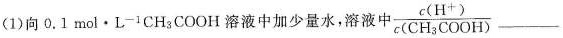
(1)向0.1mol·L-1CH_{3}COOH溶液中加少量水，溶液中\frac{c(H^{+})}{c(CH_{3}COOH)}___